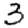
Digit: 3